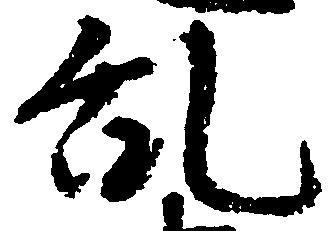
乱